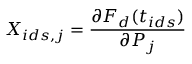
X _ { i d s , j } = \frac { \partial F _ { d } ( t _ { i d s } ) } { \partial P _ { j } }